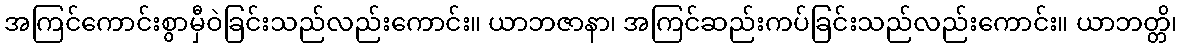
အကြင်ကောင်းစွာမှီဝဲခြင်းသည်လည်းကောင်း။ ယာဘဇာနာ၊ အကြင်ဆည်းကပ်ခြင်းသည်လည်းကောင်း။ ယာဘတ္တိ၊